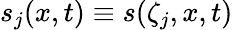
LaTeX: s_{j}(x,t)\equiv s(\zeta_{j},x,t)